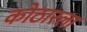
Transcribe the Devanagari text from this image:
कोठारला